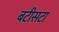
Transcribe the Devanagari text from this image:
बटीसटा